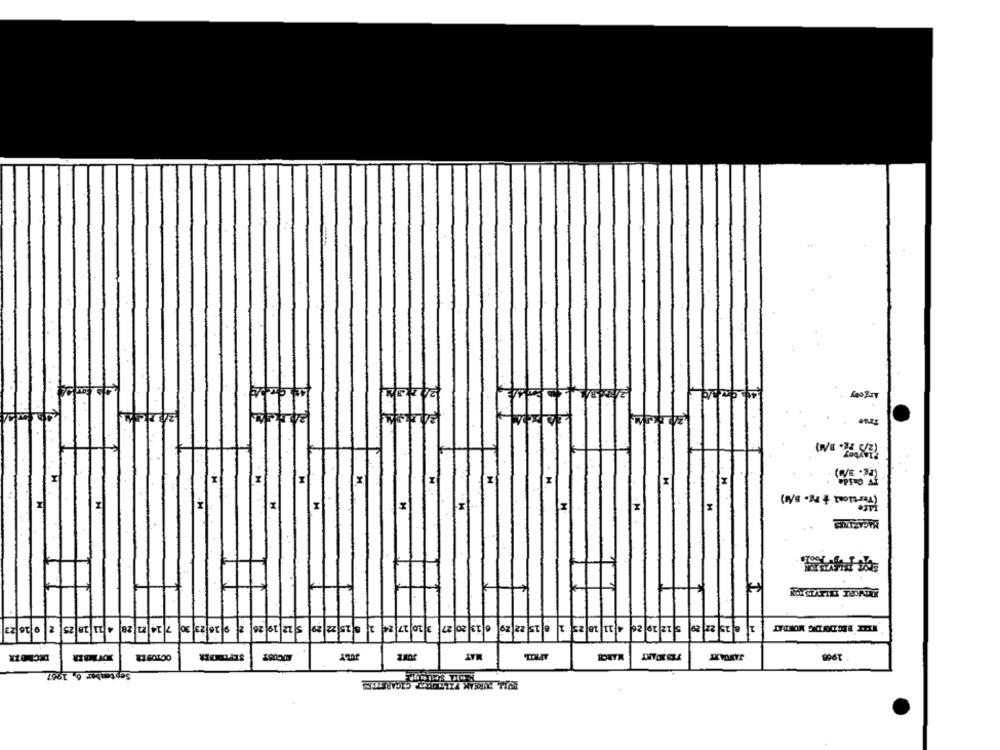
[z
(Tertical & Pg. B/W)
M
x
K
a
92 61 21 5
JOVMER
1968
₹1.80100
September 6, 1967